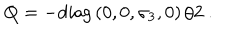
LaTeX: Q = - \mathrm { d i a g } \left( 0 , 0 , \sigma _ { 3 } , 0 \right) / 2 \ .